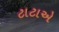
ટાટાએ